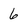
Character: 6